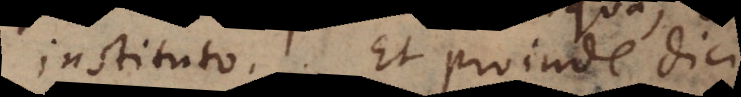
instituto. Et proinde dici